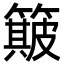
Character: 簸